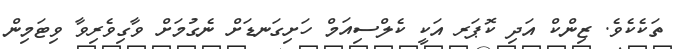
ތަކެކެވެ. ޒިންކް އަދި ކޮޕަރ އަކީ ކެލްސިއަމް ހަށިގަނޑަށް ނެގުމަށް ވާގިވެރިވާ ވިޓަމިން